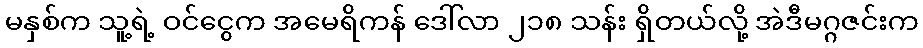
မနှစ်က သူ့ရဲ့ ဝင်ငွေက အမေရိကန် ဒေါ်လာ ၂၁၈ သန်း ရှိတယ်လို့ အဲဒီမဂ္ဂဇင်းက